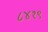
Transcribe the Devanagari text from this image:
८४१९